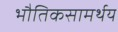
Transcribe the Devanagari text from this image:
भौतिकसामर्थय